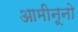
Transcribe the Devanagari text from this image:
आमीनूनो